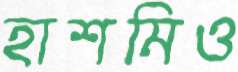
হাশমিও